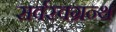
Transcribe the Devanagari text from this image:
सर्वस्वग्रन्थ